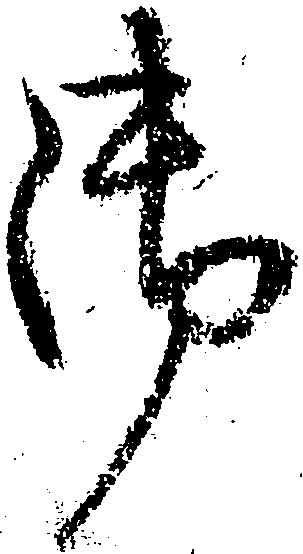
御